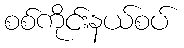
စစ်ကိုင်းနယ်စပ်